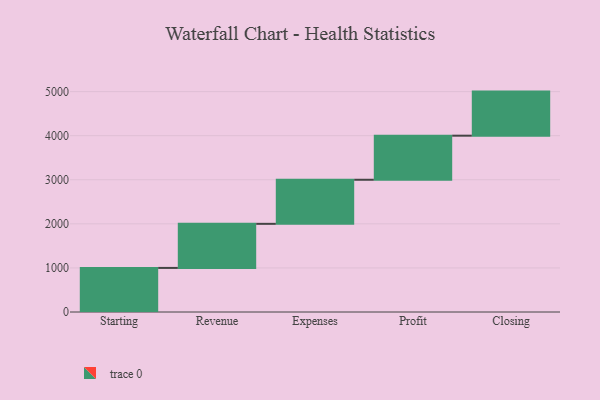
{"axis": {"x": "Step", "y": "Value"}, "legend": [""], "data": [{"x": "Starting", "y": 1000, "type": ""}, {"x": "Revenue", "y": 1000, "type": ""}, {"x": "Expenses", "y": 1000, "type": ""}, {"x": "Profit", "y": 1000, "type": ""}, {"x": "Closing", "y": 1000, "type": ""}]}